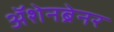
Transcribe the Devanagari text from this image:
ॲशेनब्रेनर